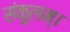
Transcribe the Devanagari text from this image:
संकुलम्‌।